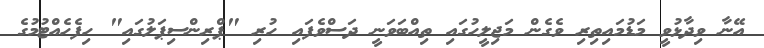
އޭނާ ވިދާޅުވީ މަޑުމައިތިރި ވެގެން މަޖިލީހުގައި ތިއްބަވަނީ ދަސްވެފައި ހުރި "ޕްރިންސިޕަލުގައި" ހިފެހެއްޓުމުގެ